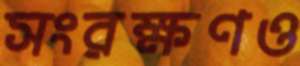
সংরক্ষণও